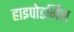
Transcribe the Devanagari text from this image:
हाइपोडर्मिल